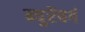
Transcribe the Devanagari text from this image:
न्युरेंबर्ग